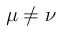
\mu \neq \nu